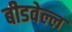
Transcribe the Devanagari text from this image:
बीडवेल्ल